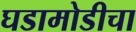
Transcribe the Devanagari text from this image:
घडामोडीचा